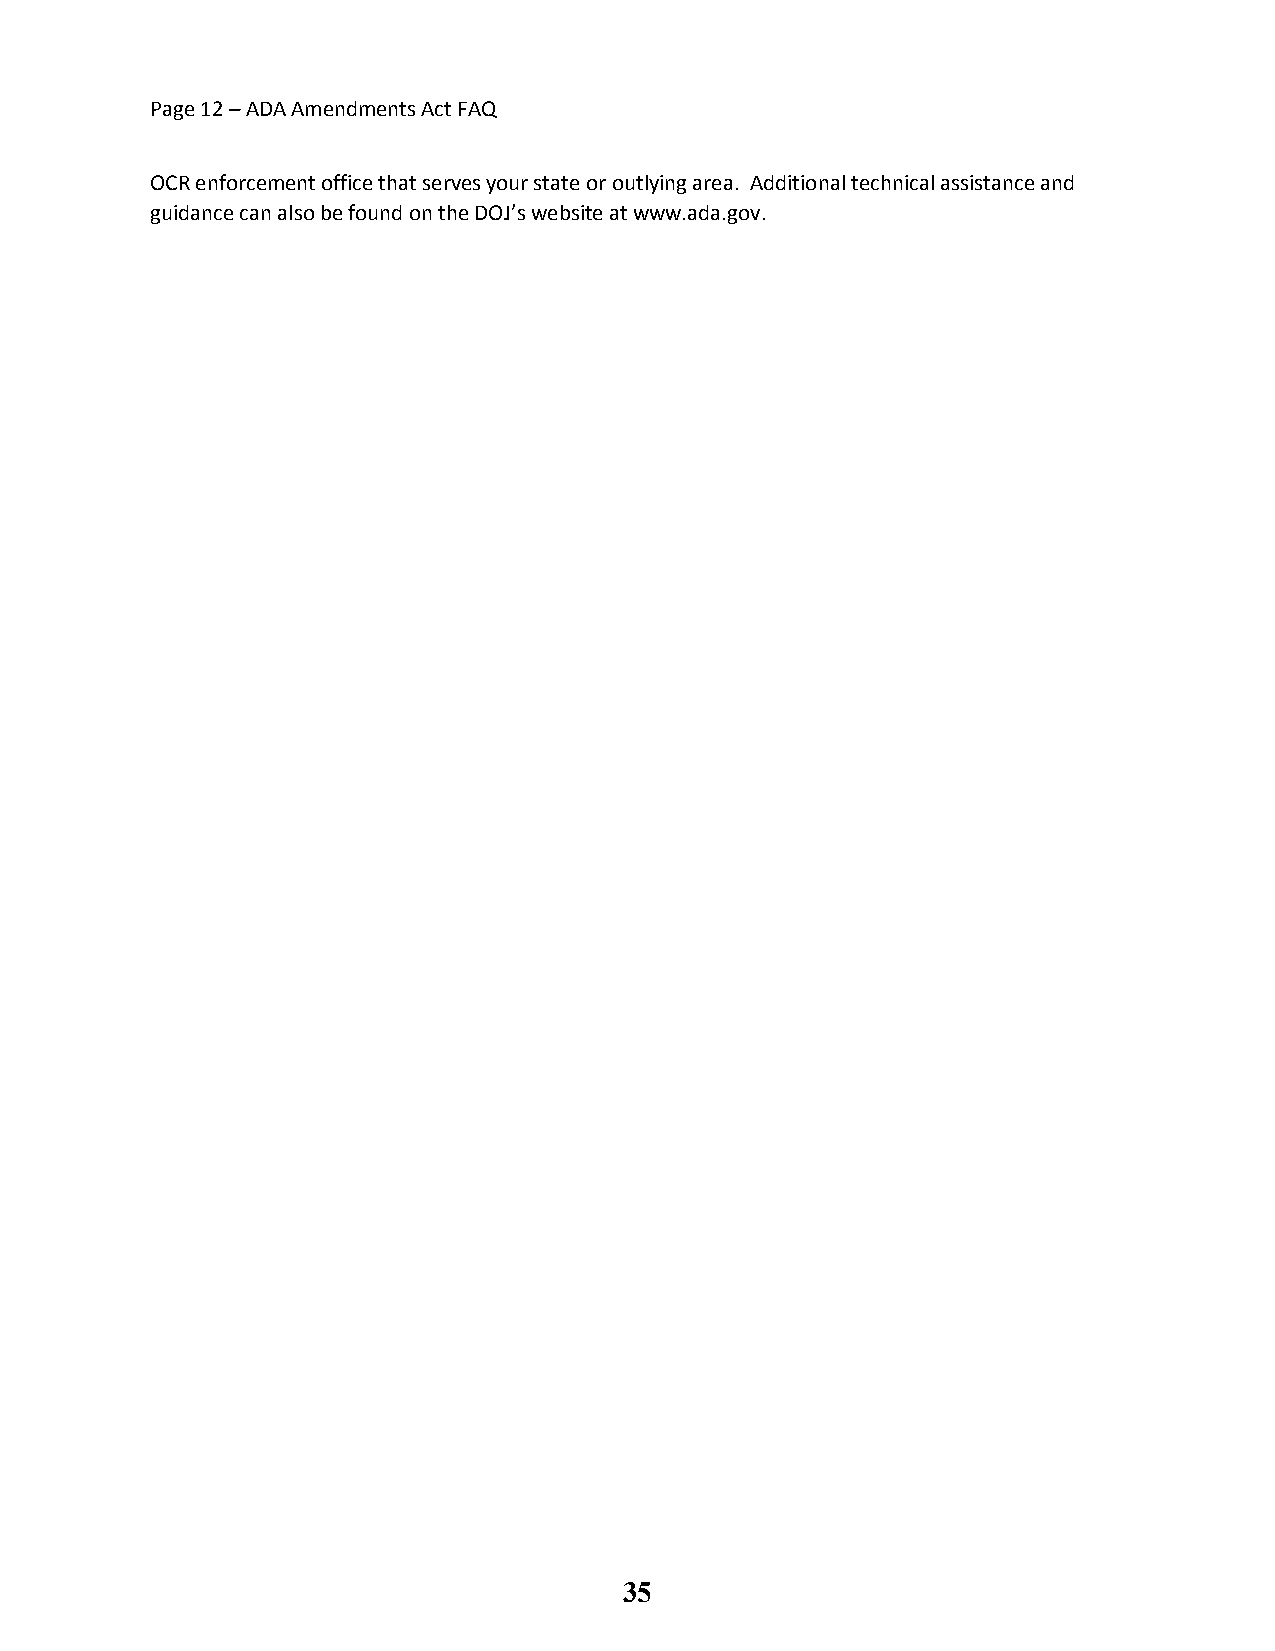
Page 12 – ADA Amendments Act FAQ
 OCR enforcement office that serves your state or outlying area. Additional technical assistance and
 guidance can also be found on the DOJ’s website at www.ada.gov.
 35